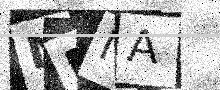
Text: MPNA